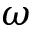
\omega